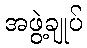
အဖွဲ့ချုပ်